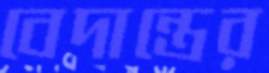
বেদান্তের